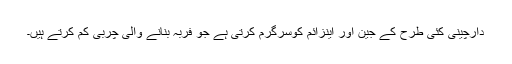
دارچینی کئی طرح کے جین اور اینزائم کوسرگرم کرتی ہے جو فربہ بنانے والی چربی کم کرتے ہیں۔